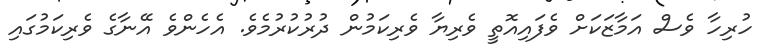
ހުރިހާ ވެސް އަމާޒަކަށް ވެފައިއޮތީ ވެރިޔާ ވެރިކަމުން ދުރުކުރުމެވެ. އެހެންވެ އޭނާގެ ވެރިކަމުގައި